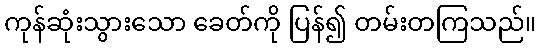
ကုန်ဆုံးသွားသော ခေတ်ကို ပြန်၍ တမ်းတကြသည်။